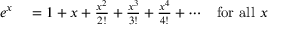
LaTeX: \begin{array} { r l r } { e ^ { x } } & { { } = 1 + x + { \frac { x ^ { 2 } } { 2 ! } } + { \frac { x ^ { 3 } } { 3 ! } } + { \frac { x ^ { 4 } } { 4 ! } } + \dotsb } & { { \mathrm { f o r ~ a l l ~ } } x } \end{array}